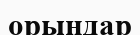
орындар